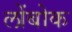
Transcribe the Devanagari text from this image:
लोंबोक